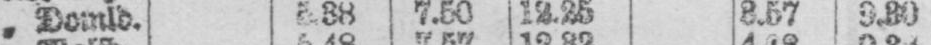
7.50 12.25 3.57 9.30